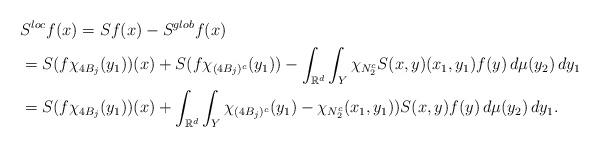
LaTeX: \begin{align*}&S^{loc}f(x)=Sf(x)-S^{glob}f(x)\\&=S(f\chi_{4B_j}(y_1))(x)+S(f\chi_{(4B_j)^c}(y_1))-\int_{\mathbb{R}^d}\int_Y \chi_{N_2^c}S(x,y)(x_1,y_1)f(y)\, d\mu(y_2)\,dy_1\\&=S(f\chi_{4B_j}(y_1))(x)+\int_{\mathbb{R}^d}\int_Y \chi_{(4B_j)^c}(y_1)-\chi_{N_2^c}(x_1,y_1))S(x,y)f(y)\, d\mu(y_2)\,dy_1.\end{align*}